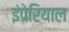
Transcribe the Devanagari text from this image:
इंपेरियाल